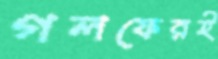
গলফেরই